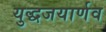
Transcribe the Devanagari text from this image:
युद्धजयार्णव